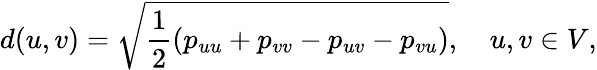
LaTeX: d(u,v)=\sqrt{\frac 12(p_{uu}+p_{vv}-p_{uv}-p_{vu})},\quad u,v\in V,